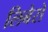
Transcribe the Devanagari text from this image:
लिबेरो